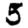
Digit: 5